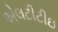
એલટીટીઇ